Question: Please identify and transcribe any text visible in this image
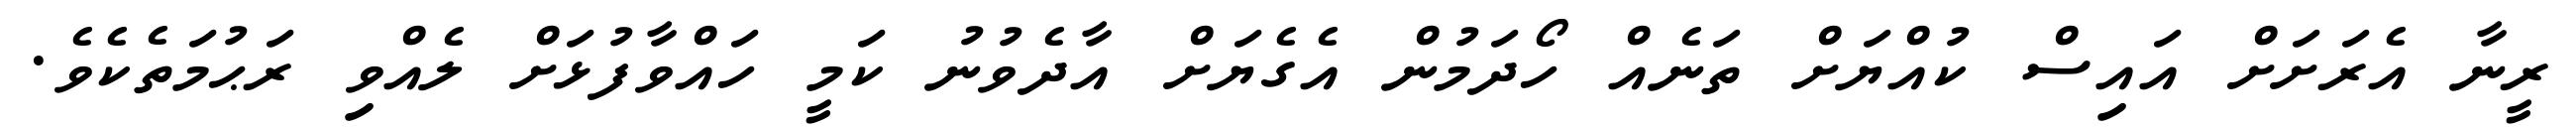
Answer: ރީނާ އެރަށަށް އައިސް ކުއްޔަށް ތަނެއް ހޯދަމުން އެގެޔަށް އާދެވުނު ކަމީ ހައްވާފުޅަށް ލެއްވި ރަޙުމަތެކެވެ.